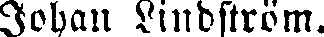
Johan Lindström.